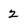
Character: 2